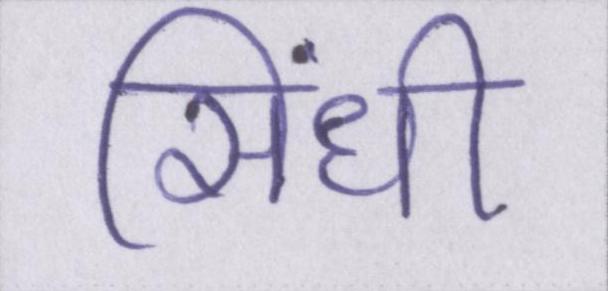
सिंधी